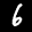
Label: 6